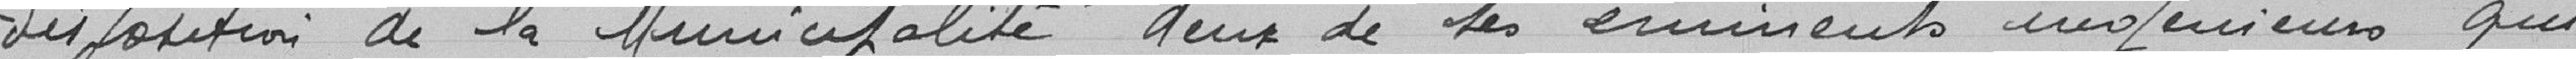
disposition de la Municipalité deux de ses éminents ingénieurs qui